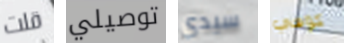
قلت توصيلي سيدي كوفي